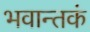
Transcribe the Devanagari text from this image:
भवान्तकं